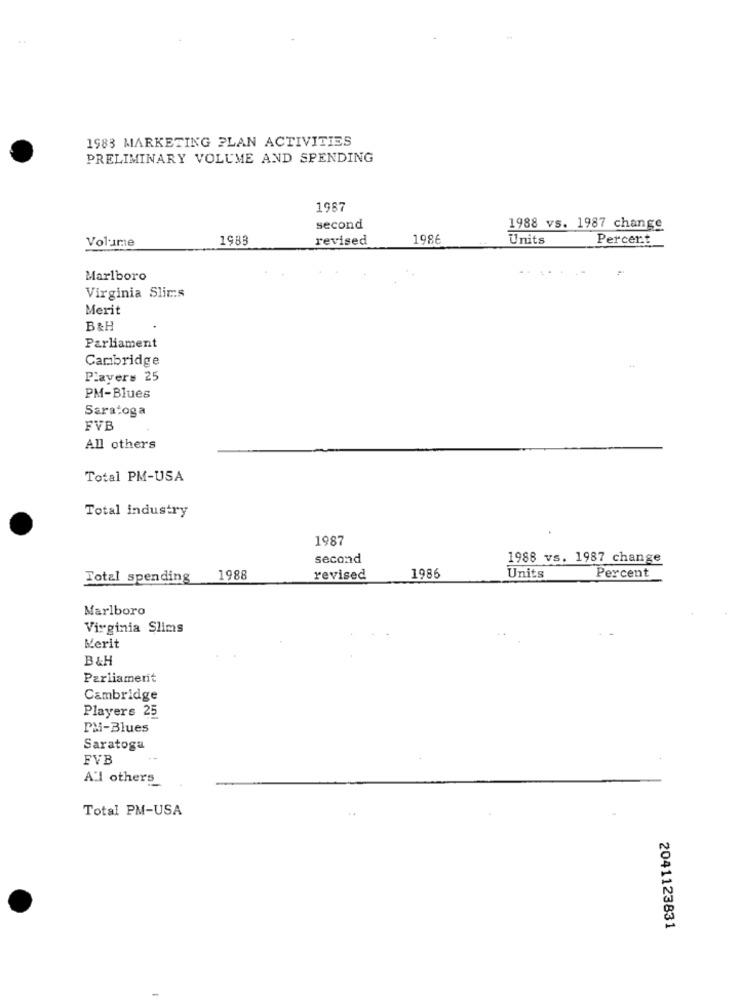
1983 MARKETING PLAN ACTIVITIES
PRELIMINARY VOLUME AND SPENDING
1967
second
1988 vs. 1987 change
Volume
1983
revised
1986
Units
Percent
Marlboro
Virginia Slic:s
Merit
B&H
Parliament
Cambridge
Plaver= 25
PM-Blues
Saratoga
FVB
All others
Total PM-USA
Total industry
1987
second
1988 vs. 1987 change
Total spending
1988
revised
1986
Units
Percent
Marlboro
Virginia Slims
Merit
B &H
Parliament
Cambridge
Players 25
PMi-Blues
Saratoga
FVB
Al others
Total PM-USA
2041123831